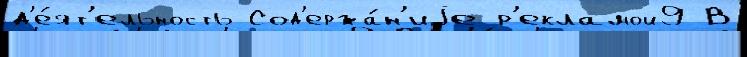
д'е́ят'ельность Сод'ержа́н'иjе р'екламой9 В